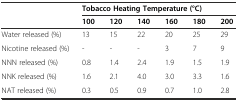
<table><thead><tr><td></td><td colspan="6"><b>Tobacco Heating Temperature (°C)</b></td></tr><tr><td></td><td><b>100</b></td><td><b>120</b></td><td><b>140</b></td><td><b>160</b></td><td><b>180</b></td><td><b>200</b></td></tr></thead><tbody><tr><td>Water released (%)</td><td>13</td><td>15</td><td>22</td><td>20</td><td>25</td><td>29</td></tr><tr><td>Nicotine released (%)</td><td>-</td><td>-</td><td>-</td><td>3</td><td>7</td><td>9</td></tr><tr><td>NNN released (%)</td><td>0.8</td><td>1.4</td><td>2.4</td><td>1.9</td><td>1.5</td><td>1.9</td></tr><tr><td>NNK released (%)</td><td>1.6</td><td>2.1</td><td>4.0</td><td>3.0</td><td>3.3</td><td>1.6</td></tr><tr><td>NAT released (%)</td><td>0.3</td><td>0.5</td><td>0.9</td><td>0.7</td><td>1.0</td><td>2.8</td></tr></tbody></table>